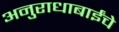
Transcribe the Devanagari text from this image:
अनुराधाबाईंचे